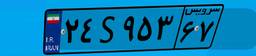
۷۲S۰۵۲۶۴